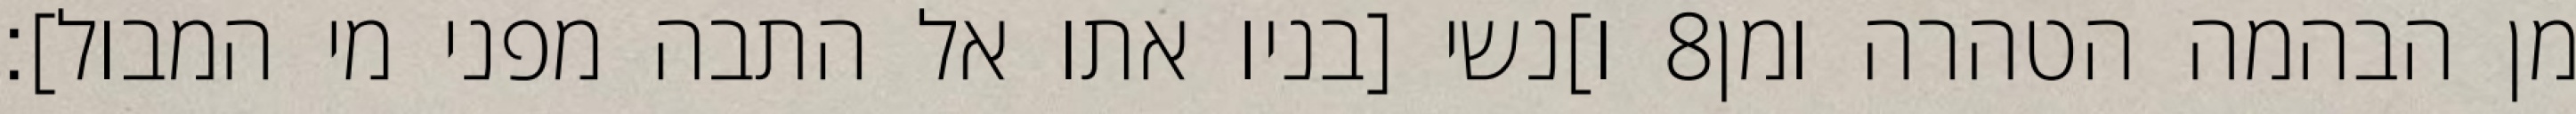
ו]נשי [בניו אתו אל התבה מפני מי המבול]׃ ‎8‏ מן הבהמה הטהרה ומן